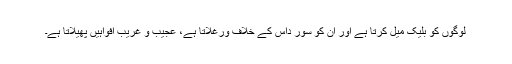
لوگوں کو بلیک میل کرتا ہے اور اُن کو سور داس کے خلاف ورغلاتا ہے، عجیب و غریب افواہیں پھیلاتا ہے۔